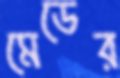
মেডের